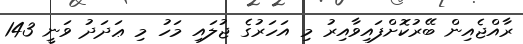
ރާއްޖެއިން ބޭރުކޮށްފައިވާއިރު މި އަހަރުގެ ޖުލައި މަހު މި ޢަދަދު ވަނީ 143